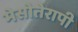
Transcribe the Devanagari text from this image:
मेसोतेरापी